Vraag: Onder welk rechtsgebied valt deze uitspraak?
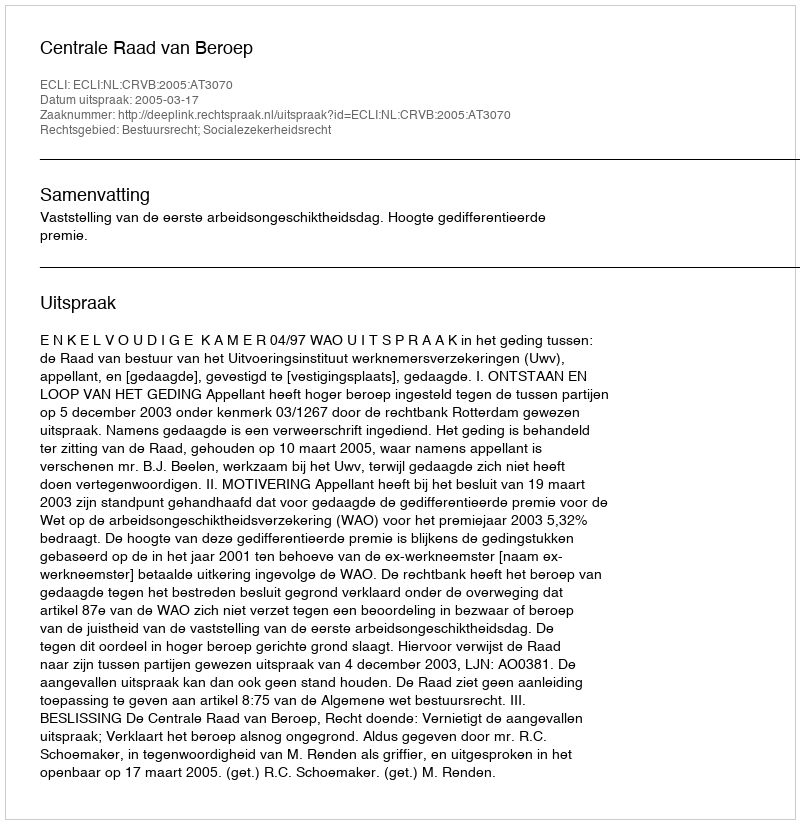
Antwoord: Bestuursrecht; Socialezekerheidsrecht